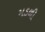
મડળી